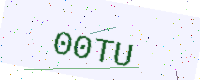
Text: 00TU